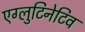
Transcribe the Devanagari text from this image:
एग्लुटिनेटिव